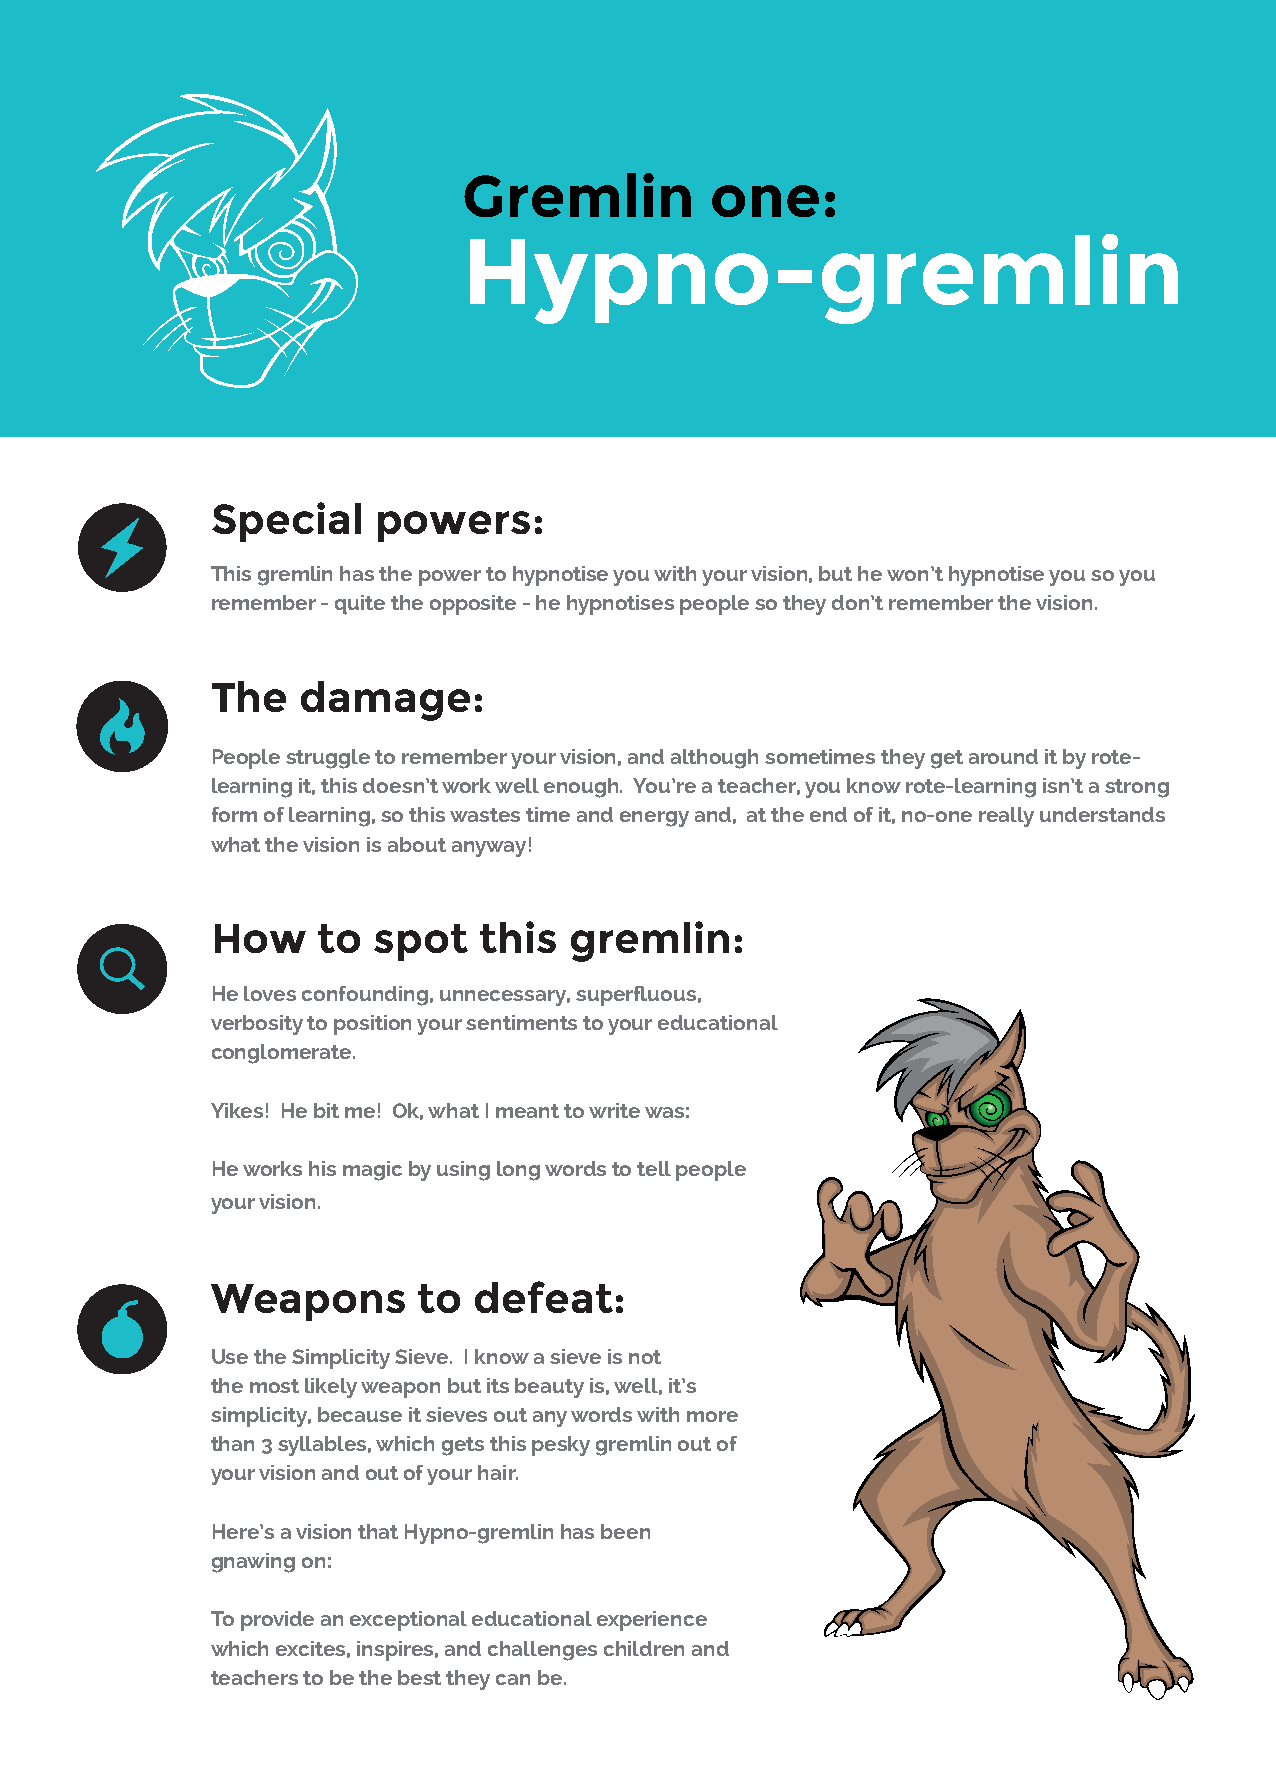
Gremlin         one:
 Hypno-gremlin
 Special    powers:
 This gremlin has the power to hypnotise you with your vision, but he won’t hypnotise you so you
 remember - quite the opposite - he hypnotises people so they don’t remember the vision.
 The   damage:
 People struggle to remember your vision, and although sometimes they get around it by rote-
 learning it, this doesn’t work well enough. You’re a teacher, you know rote-learning isn’t a strong
 form of learning, so this wastes time and energy and, at the end of it, no-one really understands
 what the vision is about anyway!
 How    to  spot   this  gremlin:
 He loves confounding, unnecessary, superfluous,
 verbosity to position your sentiments to your educational
 conglomerate.
 Yikes! He bit me! Ok, what I meant to write was:
 He works his magic by using long words to tell people
 your vision.
 Weapons       to defeat:
 Use the Simplicity Sieve. I know a sieve is not
 the most likely weapon but its beauty is, well, it’s
 simplicity, because it sieves out any words with more
 than 3 syllables, which gets this pesky gremlin out of
 your vision and out of your hair.
 Here’s a vision that Hypno-gremlin has been
 gnawing on:
 To provide an exceptional educational experience
 which excites, inspires, and challenges children and
 teachers to be the best they can be.